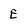
Character: E